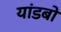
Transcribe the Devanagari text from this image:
यांडबो